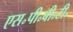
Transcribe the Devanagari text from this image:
एस॰पी॰बी॰टी॰